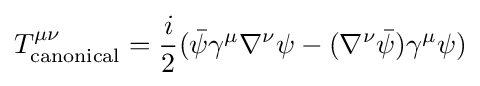
T_{\rm {canonical}}^{\mu \nu }={\frac {i}{2}}({\bar {\psi }}\gamma ^{\mu }\nabla ^{\nu }\psi -(\nabla ^{\nu }{\bar {\psi }})\gamma ^{\mu }\psi )